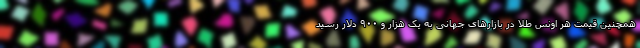
همچنین قیمت هر اونس طلا در بازار‌های جهانی به یک هزار و ۹۰۰ دلار رسید